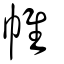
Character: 帷